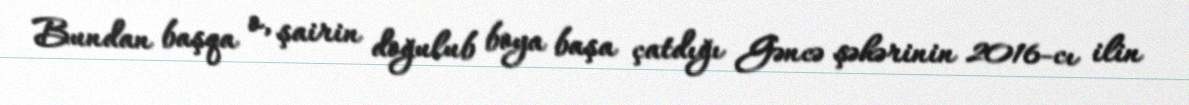
Bundan başqa o, şairin doğulub boya başa çatdığı Gəncə şəhərinin 2016-cı ilin